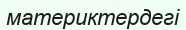
материктердегі